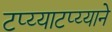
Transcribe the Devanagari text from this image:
टप्य्याटप्य्याने